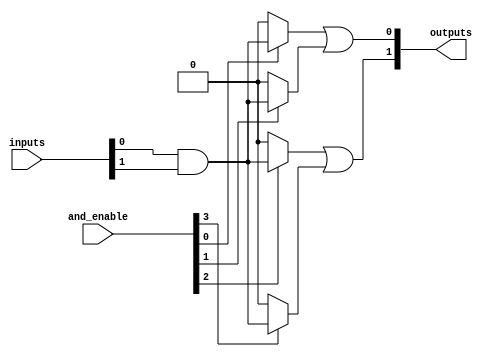
module jewel_pal #(
    parameter NUM_INPUTS = 4,  // Number of inputs
    parameter NUM_AND_GATES = 4, // Number of AND gates
    parameter NUM_OUTPUTS = 2   // Number of outputs
)(
    input wire [NUM_INPUTS-1:0] inputs, // Input signals
    input wire [NUM_AND_GATES-1:0] and_enable, // Enable signals for AND gates
    output wire [NUM_OUTPUTS-1:0] outputs // Output signals
);

// Programmable AND array
wire [NUM_AND_GATES-1:0] and_outputs; // Outputs of the AND gates

genvar i, j;
generate
    for (i = 0; i < NUM_AND_GATES; i = i + 1) begin : and_gate
        // Each AND gate can be programmed with specific input connections
        assign and_outputs[i] = and_enable[i] ? (inputs[0] & inputs[1]) : 1'b0; // Example configuration
    end
endgenerate

// Fixed OR array
wire [NUM_OUTPUTS-1:0] or_outputs; // Outputs of the OR gates

assign or_outputs[0] = and_outputs[0] | and_outputs[1]; // Example OR logic
assign or_outputs[1] = and_outputs[2] | and_outputs[3]; // Example OR logic

// Assign final outputs
assign outputs = or_outputs;

endmodule